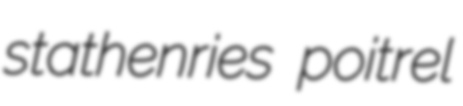
stathenries poitrel